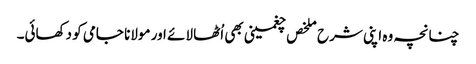
چنانچہ وہ اپنی شرح ملخص چغمینی بھی اُٹھا لائے اور مولانا جامی کو دکھائی۔